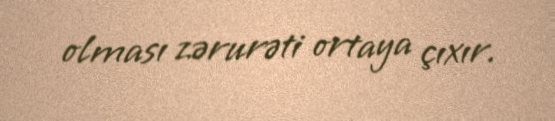
olması zərurəti ortaya çıxır.